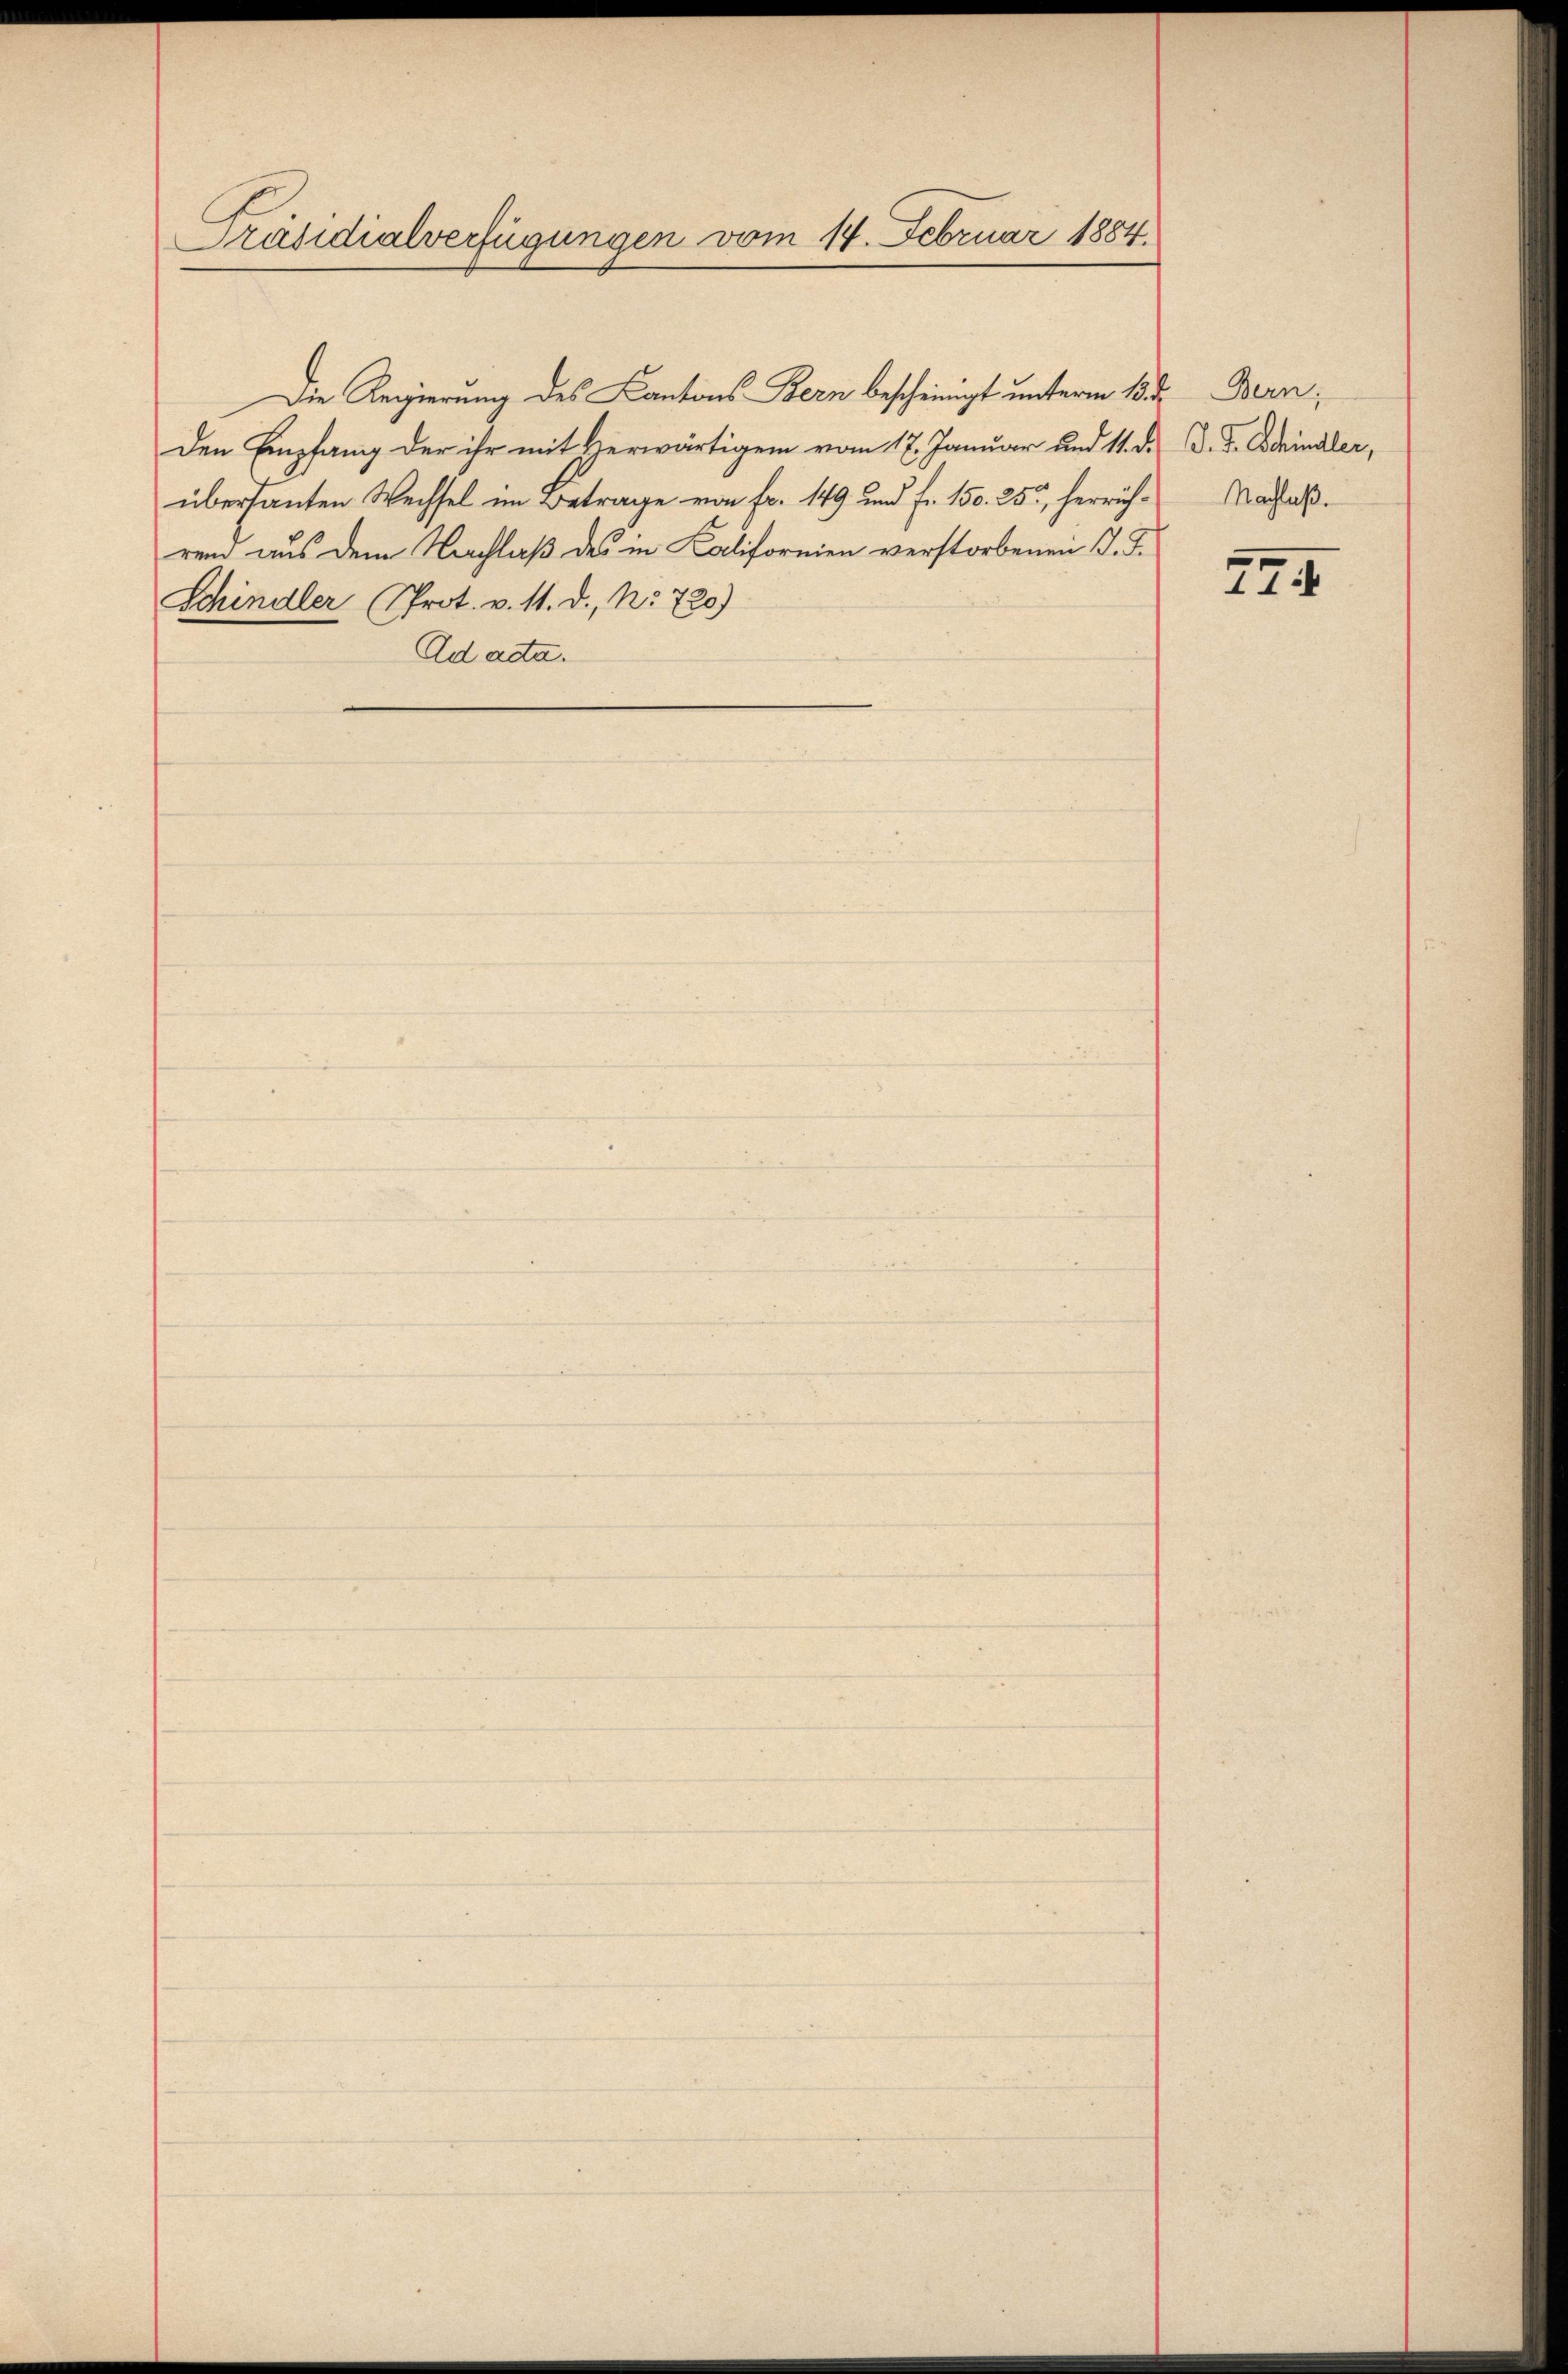
Präsidialverfügungen vom 14. Februar 1884.

Den Empfang der ihr mit Herwärtigem vom 17. Januar und 11. d.
übersanten Wechsel im Betrage von Fr. 149 und fr. 150. 25, herrichren aus dem Nachlaß des in Kalifornien verstorbenen J. J.
Schindler (Prot. v. 11. d. No 720)
Ad acta.

Die Regierung des Kantons Bern bescheinigt unterm 18. d.

Bern,
D. J. Schindler,
Nachlaß.

24.